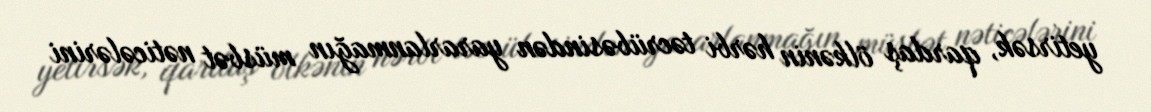
yetirsək, qardaş ölkənin hərbi təcrübəsindən yararlanmağın müsbət nəticələrini